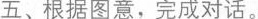
五、根据图意,完成对话.